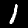
Label: 1